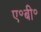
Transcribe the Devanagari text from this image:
ए॰बी॰